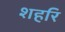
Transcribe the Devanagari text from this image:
शहरि